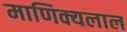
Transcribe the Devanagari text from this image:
माणिक्यलाल